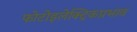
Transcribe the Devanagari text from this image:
फोटोइलेक्ट्रिकप्रभाव